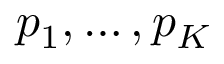
p _ { 1 } , \dots , p _ { K }